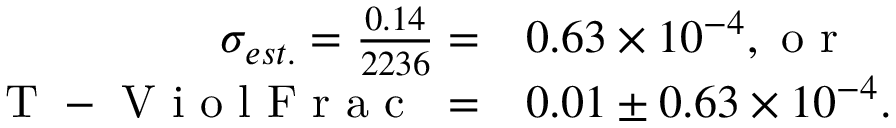
\begin{array} { r l } { \sigma _ { e s t . } = \frac { 0 . 1 4 } { 2 2 3 6 } = } & { { } 0 . 6 3 \times 1 0 ^ { - 4 } , \mathrm { ~ o ~ r ~ } } \\ { \mathrm { ~ T ~ - ~ V ~ i ~ o ~ l ~ F ~ r ~ a ~ c ~ \ } = } & { { } 0 . 0 1 \pm 0 . 6 3 \times 1 0 ^ { - 4 } . } \end{array}